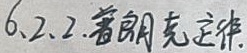
6.2.2. 普朗克定律